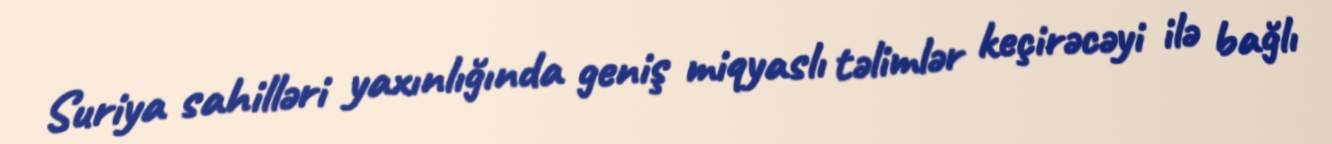
Suriya sahilləri yaxınlığında geniş miqyaslı təlimlər keçirəcəyi ilə bağlı